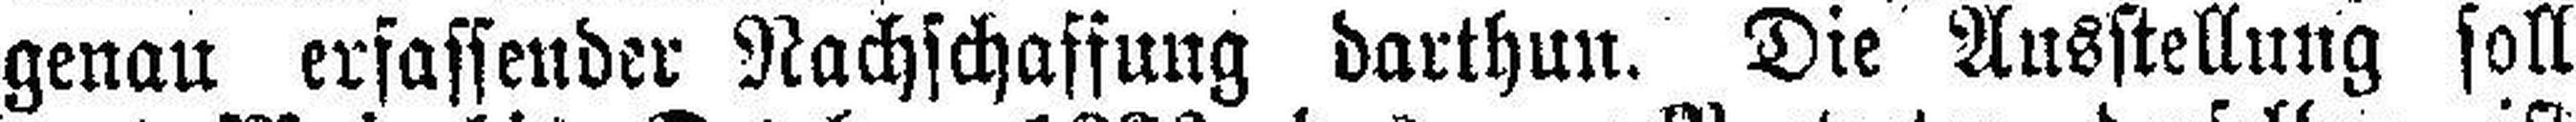
genau erfassender Nachschaffung darthun. Die Ausstellung soll